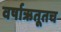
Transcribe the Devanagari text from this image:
वर्षाऋतूतच